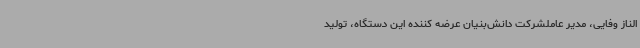
الناز وفایی، مدیر عاملشرکت دانش‌بنیان عرضه کننده این دستگاه، تولید